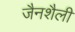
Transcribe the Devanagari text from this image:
जैनशैली